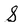
Character: S